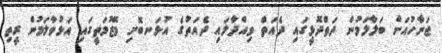
ޖަނާހުއަށް ބަލާލަމުން ދަތްދޮޅީގައި ދެއަތް ވިއްދާލައި ދެއަތުގެ އުޅަނބޮށި މޭޒުމަތީގައި އަޅުވާލަމުން ރީތި